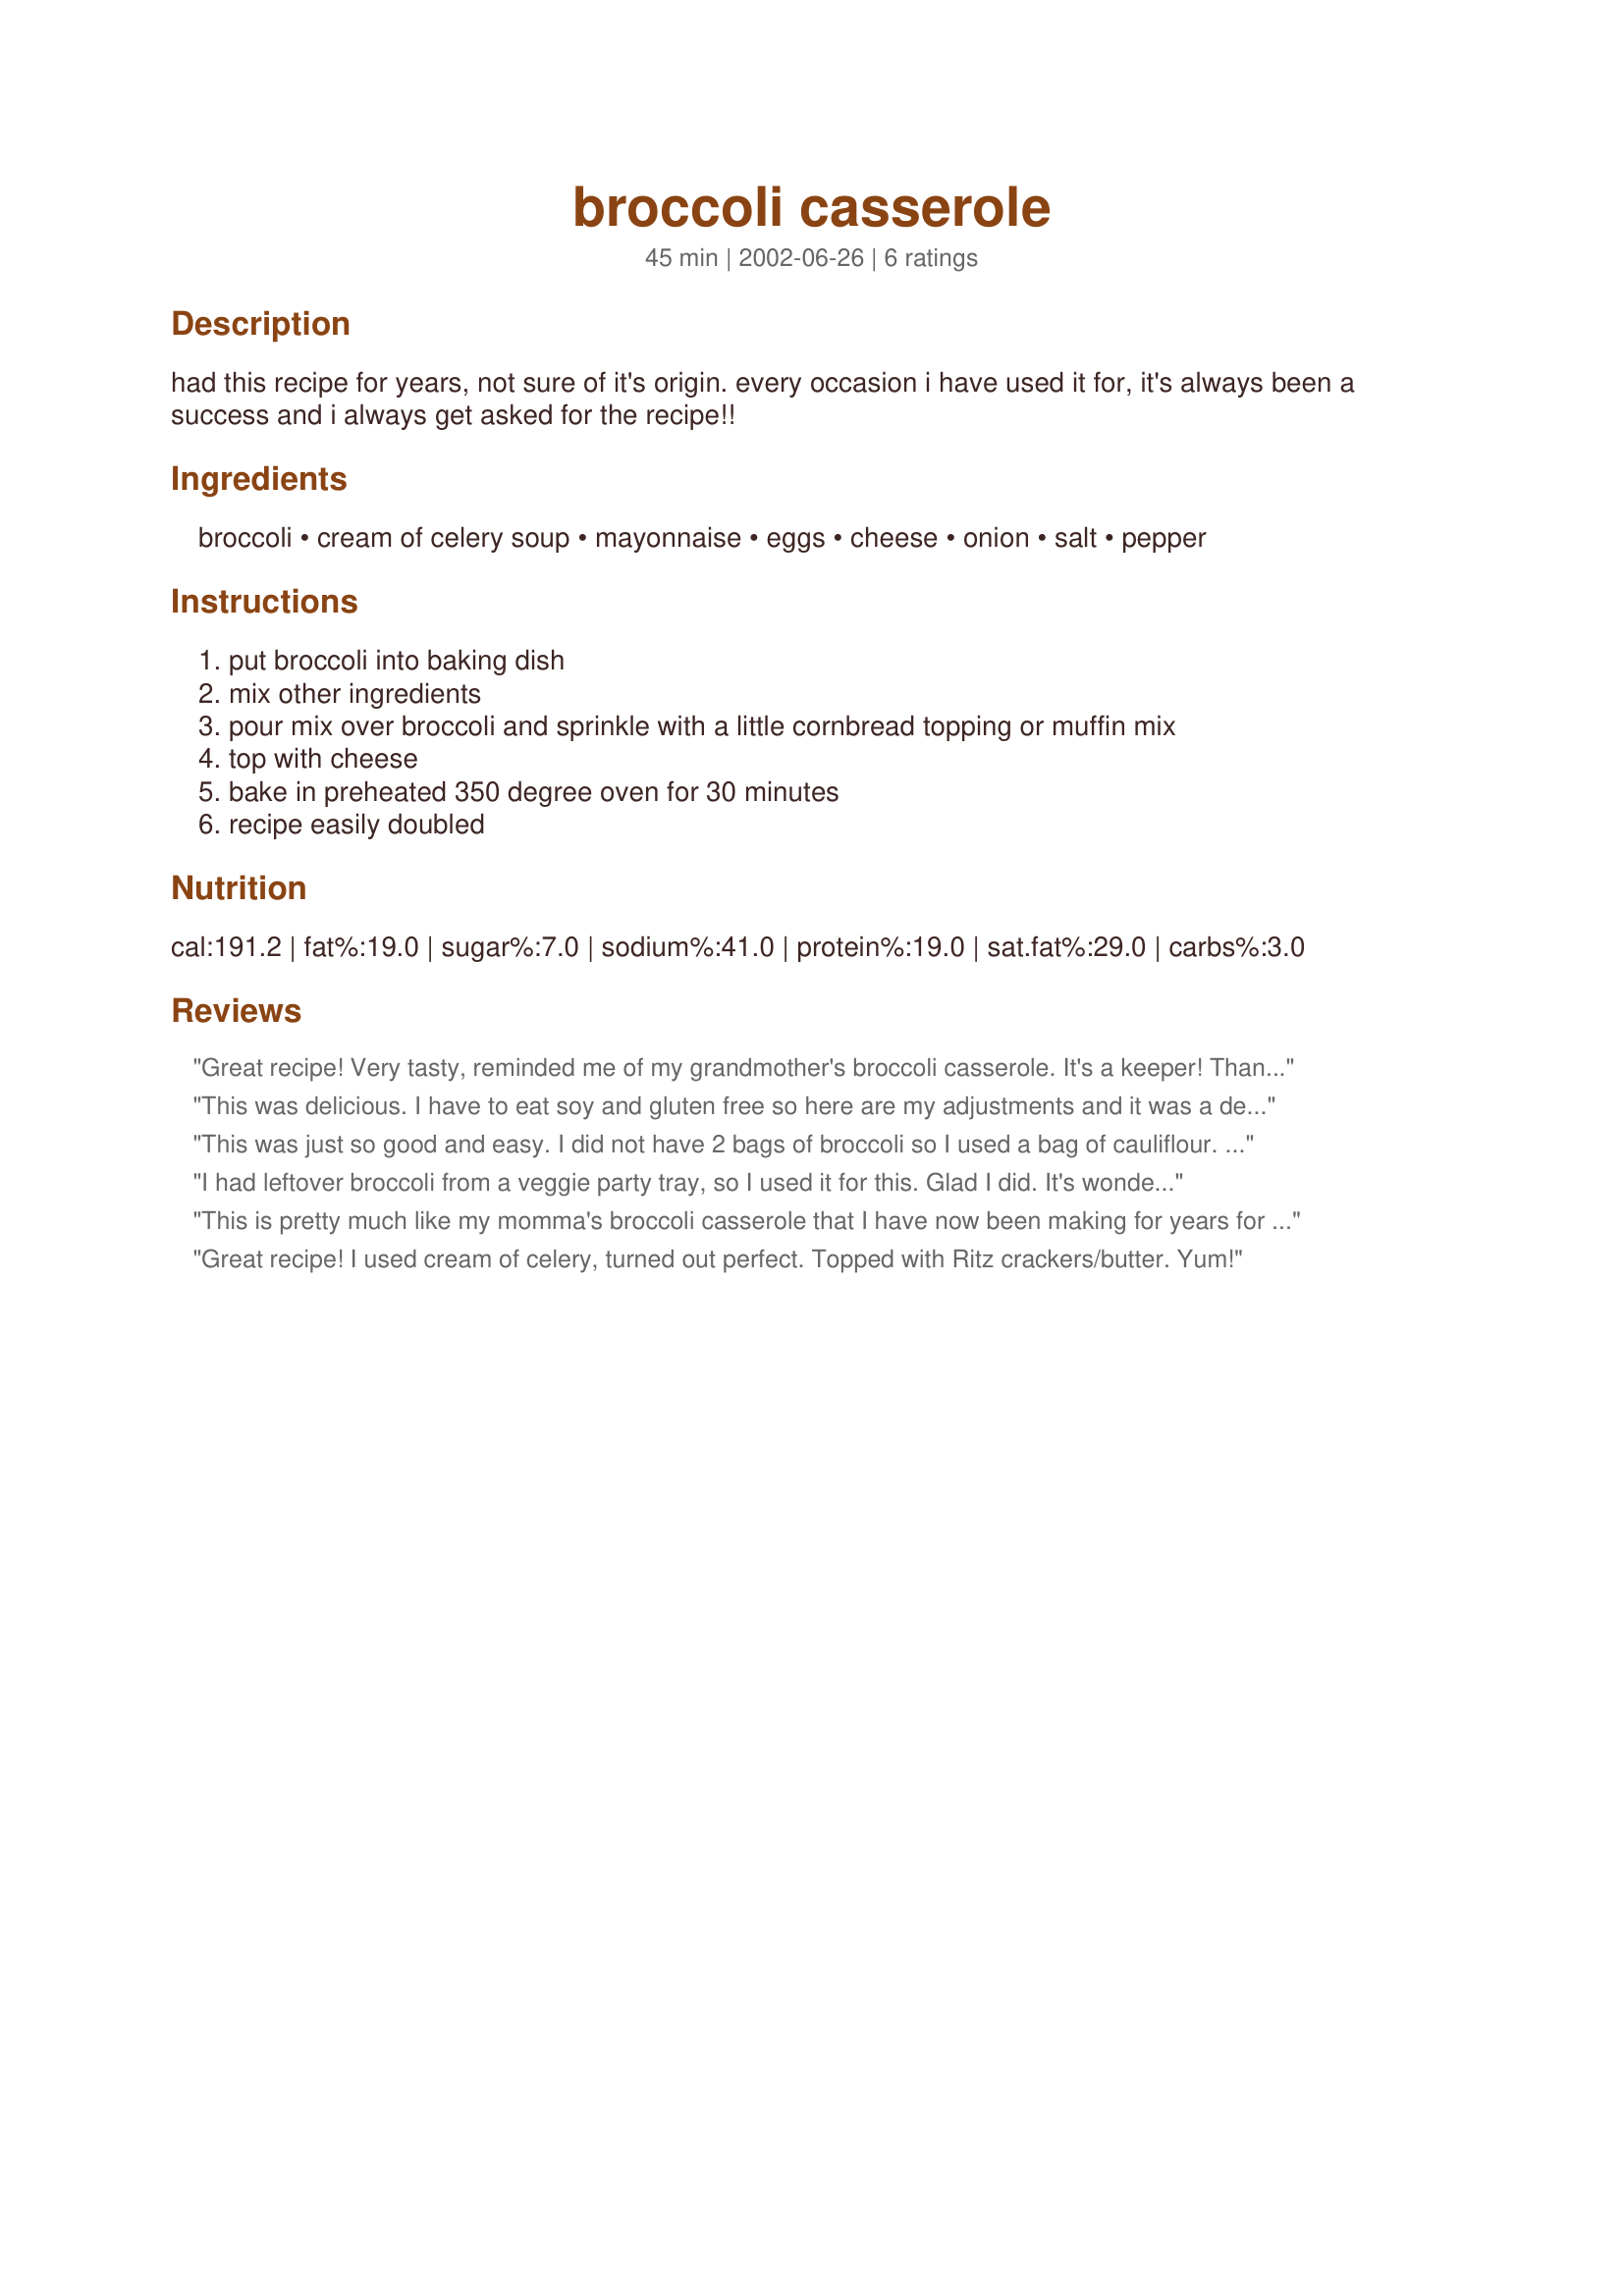
broccoli casserole
Preparation time: 45 minutes

had this recipe for years, not sure of it's origin. every occasion i have used it for, it's always been a success and i always get asked for the recipe!!

Ingredients:
broccoli, cream of celery soup, mayonnaise, eggs, cheese, onion, salt, pepper

Steps:
put broccoli into baking dish
mix other ingredients
pour mix over broccoli and sprinkle with a little cornbread topping or muffin mix
top with cheese
bake in preheated 350 degree oven for 30 minutes
recipe easily doubled

Reviews:
Great recipe! Very tasty, reminded me of my grandmother's broccoli casserole. It's a keeper! Thank you!
This was delicious. I have to eat soy and gluten free so here are my adjustments and it was a delicious soy and gluten-free broccoli casserole. 1) mayo-I used Hain Safflower mayo 2) for the topping under the cheese, I used Bob&#039;s Red Mill Gluten-free cornbread mix. Other adjustments-1) used just under 1/4 cup minced onion (to save time) 2) used 2 large stalks of fresh steamed broccoli 3) for the grated cheese I used 4C 100% natural Homestyle Parmesan-Romano That&#039;s it. Absolutely loved it! Thanks
This was just so good and easy. I did not have 2 bags of broccoli so I used a bag of cauliflour. It was enjoyed by all.
I had leftover broccoli from a veggie party tray, so I used it for this. Glad I did. It's wonderful. For the soup, I used 98% FF cream of celery. I used crushed crackers for the top. Thanx for posting your recipe. It's a keeper!
This is pretty much like my momma's broccoli casserole that I have now been making for years for my friends and family, and I'm always asked for the recipe. Instead of using mayo, her recipe calls for cream of chicken soup, sour cream and buttered Ritz crackers. *To the poster who used cauliflower instead of broccoli...I never thought of it, but I bet it's wonderful and will give it a go. Revised to add that I also use this same recipe to make an excellent and highly requested squash casserole as well. Just make sure you drain and squeeze out the excess water from the squash before adding it to the other ingredients.
Great recipe! I used cream of celery, turned out perfect. Topped with Ritz crackers/butter. Yum!
